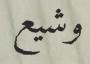
وشيع